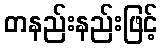
တနည်းနည်းဖြင့်